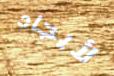
لأيجاد